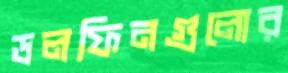
ডলফিনগুলোর